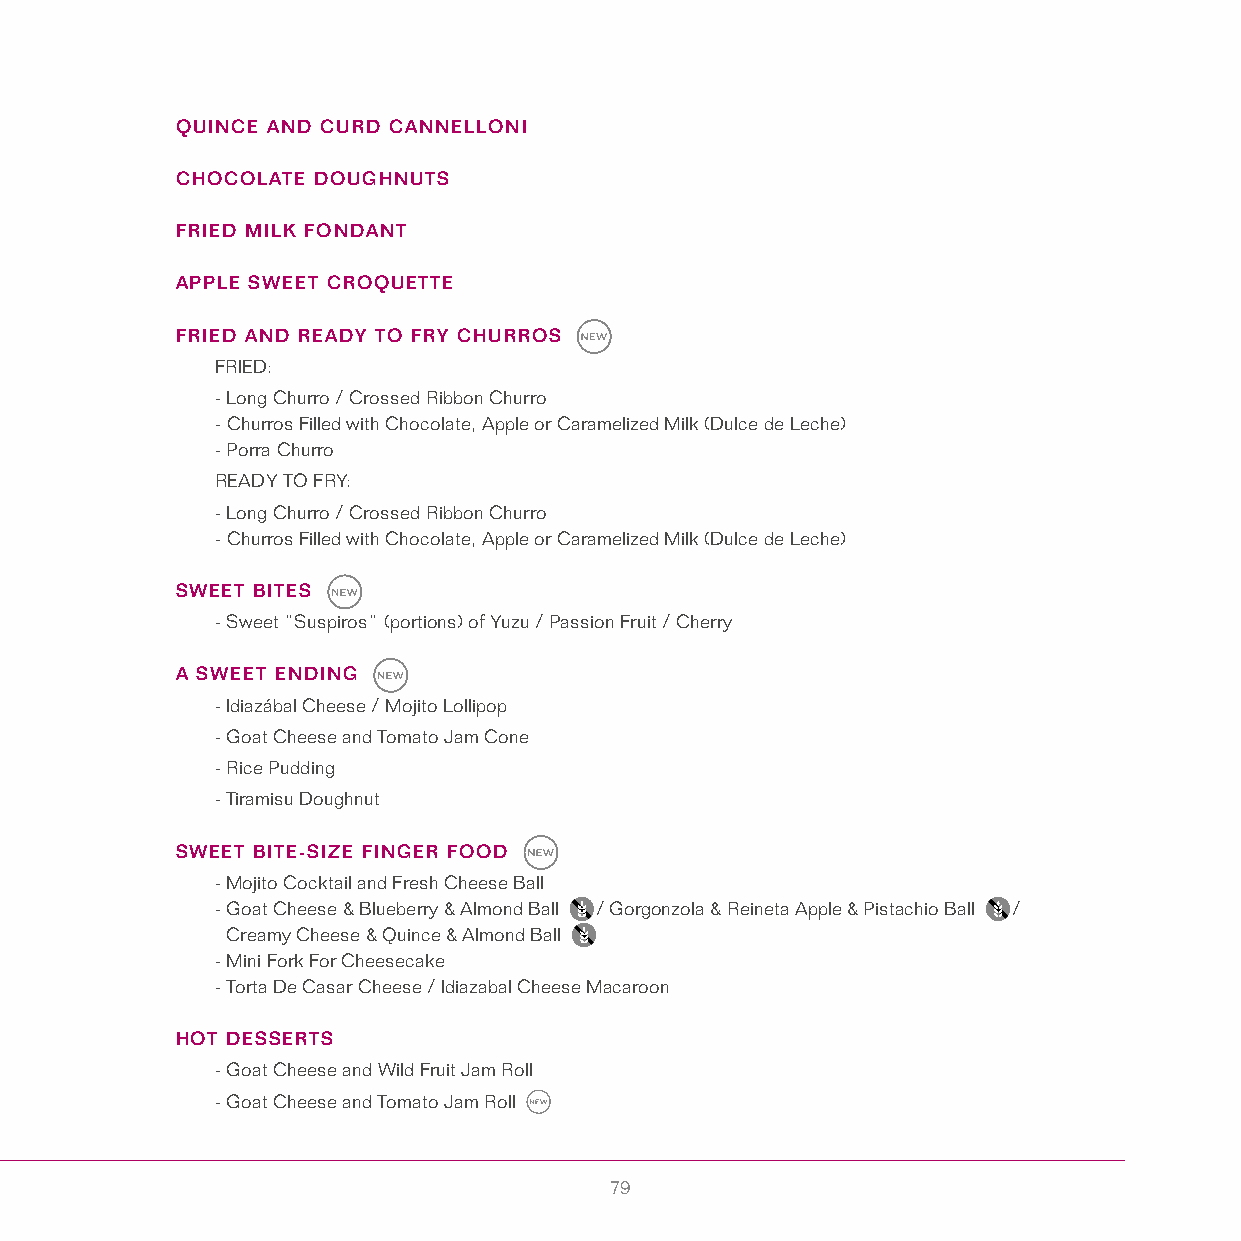
QUINCE AND CURD CANNELLONI
 CHOCOLATE DOUGHNUTS
 FRIED MILK FONDANT
 APPLE SWEET CROQUETTE
 FRIED AND READY TO FRY CHURROS
 FRIED:
 - Long Churro / Crossed Ribbon Churro
 - Churros Filled with Chocolate, Apple or Caramelized Milk (Dulce de Leche)
 - Porra Churro
 READY TO FRY:
 - Long Churro / Crossed Ribbon Churro
 - Churros Filled with Chocolate, Apple or Caramelized Milk (Dulce de Leche)
 SWEET BITES
 - Sweet “Suspiros” (portions) of Yuzu / Passion Fruit / Cherry
 A SWEET ENDING
 - Idiazábal Cheese / Mojito Lollipop
 - Goat Cheese and Tomato Jam Cone
 - Rice Pudding
 - Tiramisu Doughnut
 SWEET BITE-SIZE FINGER FOOD
 - Mojito Cocktail and Fresh Cheese Ball
 - Goat Cheese & Blueberry & Almond Ball / Gorgonzola & Reineta Apple & Pistachio Ball /
 Creamy Cheese & Quince & Almond Ball
 - Mini Fork For Cheesecake
 - Torta De Casar Cheese / Idiazabal Cheese Macaroon
 HOT DESSERTS
 - Goat Cheese and Wild Fruit Jam Roll
 - Goat Cheese and Tomato Jam Roll
 79